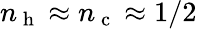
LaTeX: n_{\mathrm{~h~}}\approx n_{\mathrm{~c~}}\approx 1/2